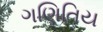
ગણિતિય